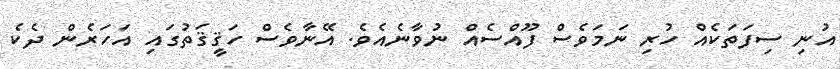
އުނި ސިފަތަކެއް ހުރި ނަމަވެސް ފޫއްސެއް ނުވާނެއެވެ. އޭނާވެސް ހަޤީޤަތުގައި އަހަރެން ދެކެ